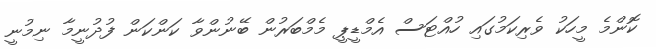
ކޮންމެ މީހަކު ވެރިކަމުގައި ހުއްޓަސް އެމްޑީޕީ މެމްބަރުން ބޭނުންވާ ކަންކަން ފުުދުނީމާ ނިމުނީ